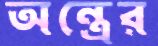
অন্ত্রের